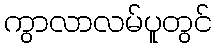
ကွာလာလမ်ပူတွင်